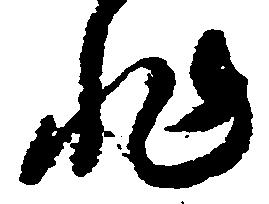
非